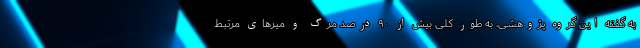
به گفته این گروه پژوهشی، به طور کلی بیش از ۹۰ درصد مرگ و میرهای مرتبط